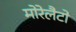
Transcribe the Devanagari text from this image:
मोरेलैटो